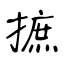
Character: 摭